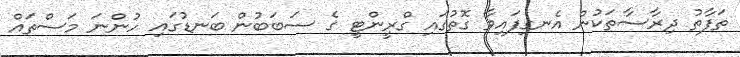
ތަފާތު ދިރާސާތަކުން އެނގިފައިވާ ގޮތުގައި ގްރީންޓީ ގެ ސަބަބުން ބަނޑުގައި ހުންނަ މަސްތައް